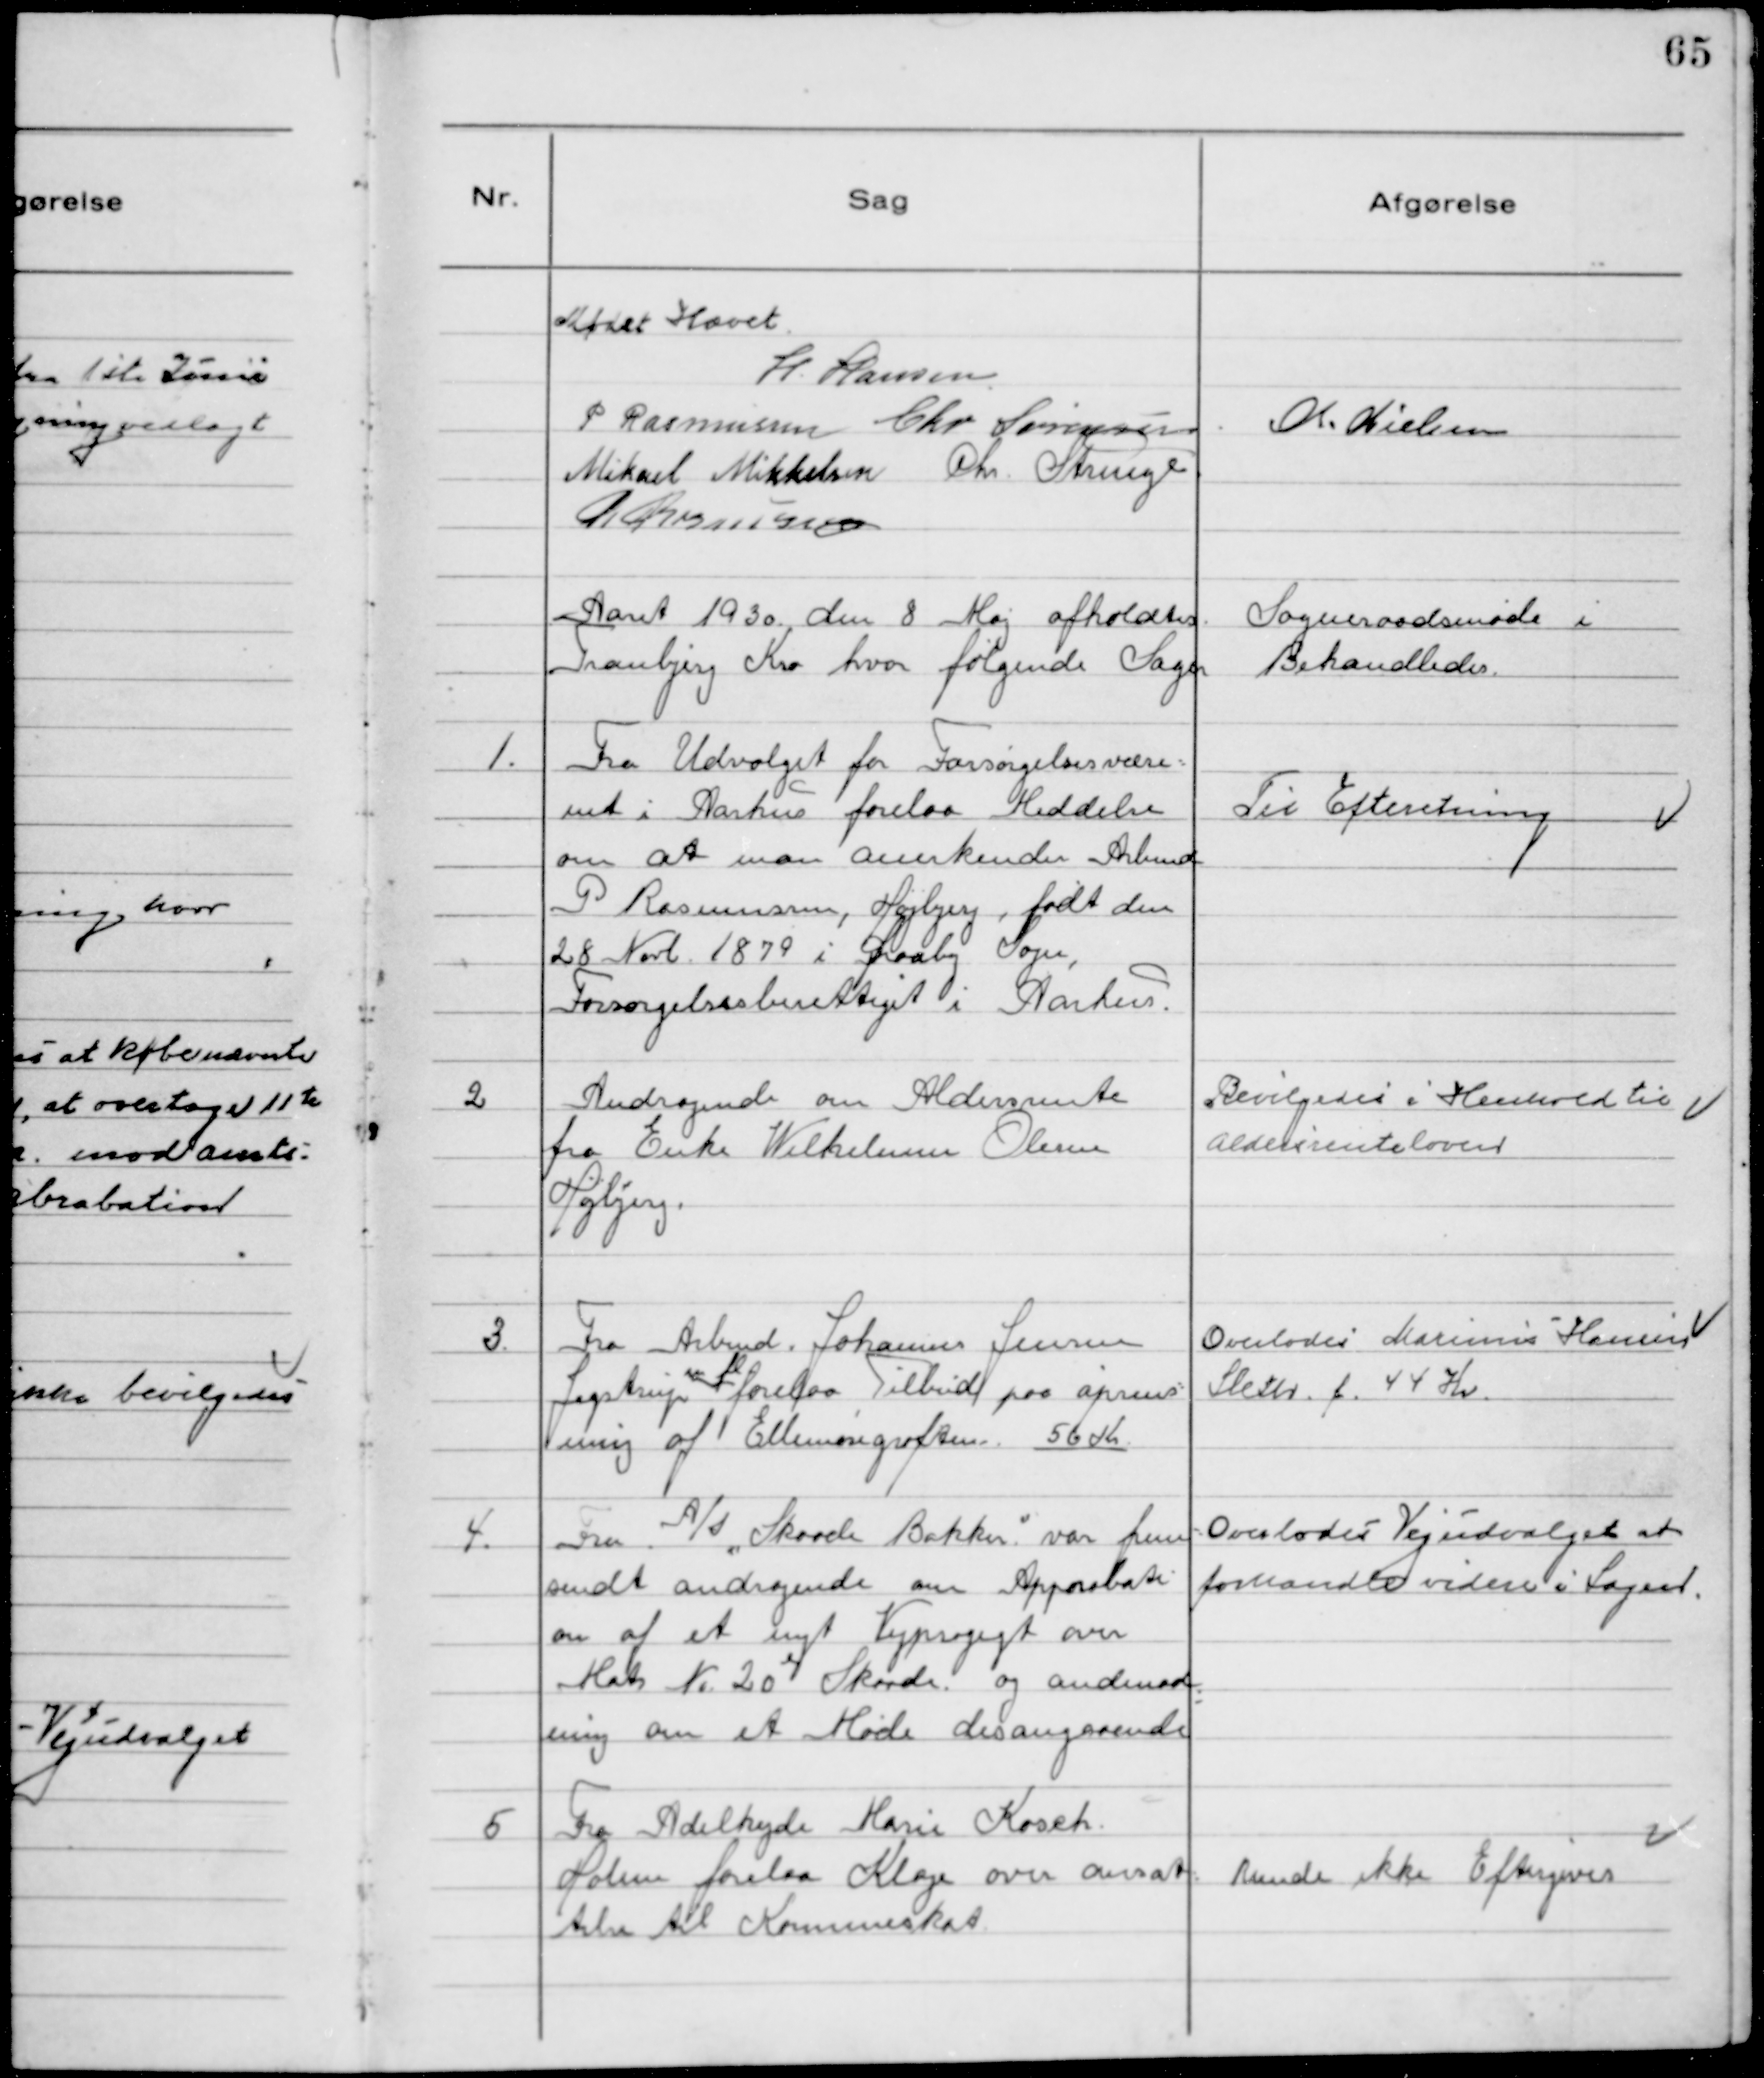
Transskription:
Mødet Hævet
H Hansen
P Rasmussen Chr Sørensen Ch. Nielsen
Mikael Mikkelsen Chr. Strunge
R Rasmussen

Aaret 1930 den 8 Maj afholdtes Sogneraadsmøde i
Tranbjerg Kro hvor følgende Sager Behandledes.

1. Fra Udvalget for Forsørgelsesvæse-
net i Aarhus forelaa Meddelse
om at man anerkender Arbmd
P Rasmussen, Højbjerg, født den
28 Novb. 1879 i Draaby Sogn,
Forsørgelsesberettiget i Aarhus.

Til Efteretning

2 Andragende om Aldersrente
fra Enke Wilhelmine Olesen
Højbjerg.

Bevilgedes i Henhold til
Aldersrenteloven

3. Fra Arbmd. Johannes Jensen
Jegstrup m.fl forelaa Tilbud paa oprens-
ning af Ellemosegrøften. 56 Kr

Overlodes Marinus Hansen
Sleth f. 44 Kr.

4. Fra A/s "Skaade Bakker" var frem
sendt andragende om Approbati
on af et nyt Vejprojegt over
Matr № 20 e Skaade og andmod
ning om et Møde desangaaende

Overlodes Vejudvalget at
forhandle videre i Sagen.

5 Fra Adelhejde Marie Kosch
Holme forelaa Klage over Ansæt
telse til Kommuneskat

Kunde ikke Eftergives